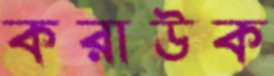
করাউক